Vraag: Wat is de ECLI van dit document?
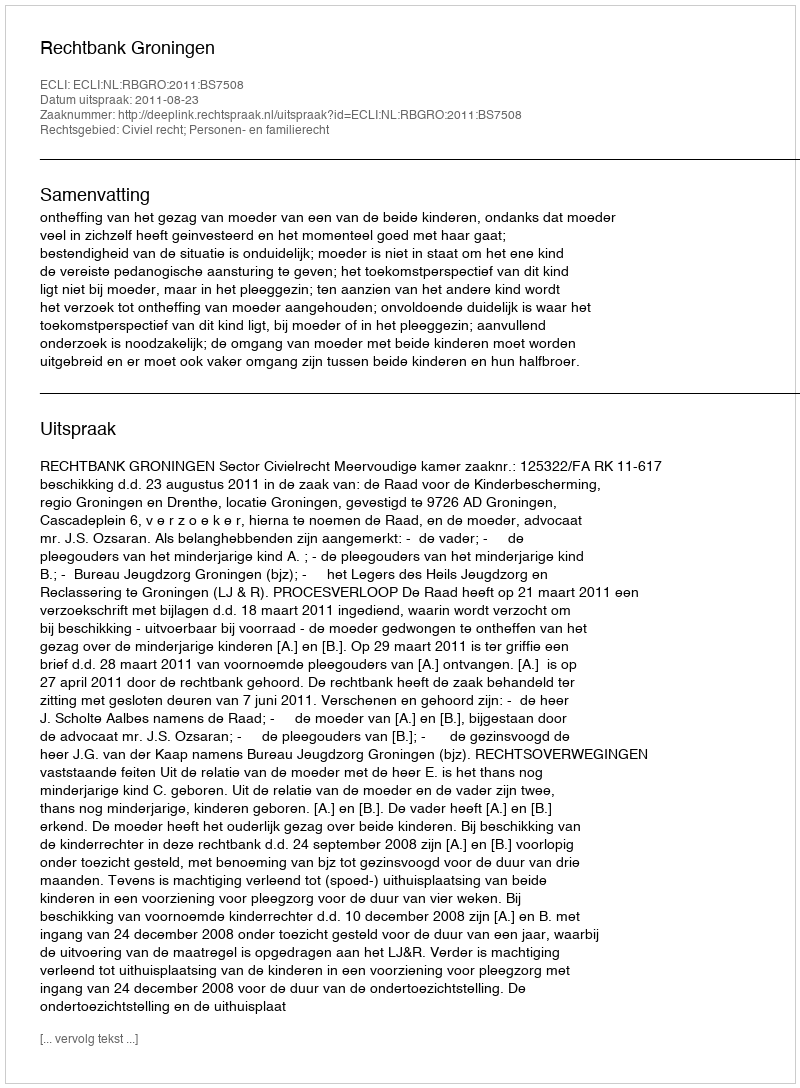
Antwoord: ECLI:NL:RBGRO:2011:BS7508